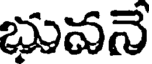
భువనె